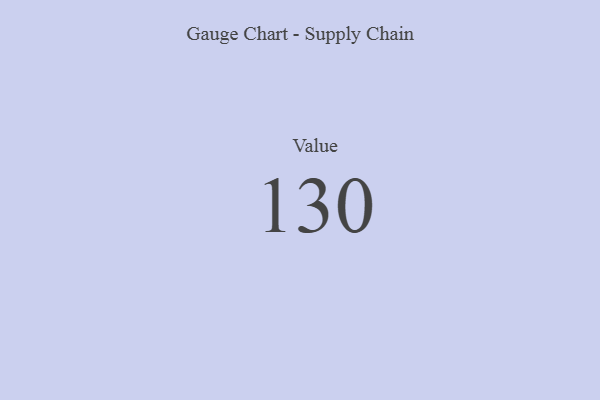
{"axis": {"x": "Metric", "y": "Value"}, "legend": [""], "data": [{"x": "Value", "y": 130, "type": ""}]}